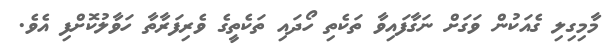
މާމިގިލި ގެއަކުން ވަގަށް ނަގާފައިވާ ތަކެތި ހޯދައި ތަކެތީގެ ވެރިފަރާތާ ހަވާލުކޮށްފި އެވެ.